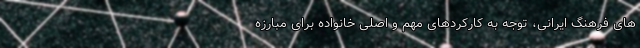
های فرهنگ ایرانی، توجه به کارکردهای مهم و اصلی خانواده برای مبارزه